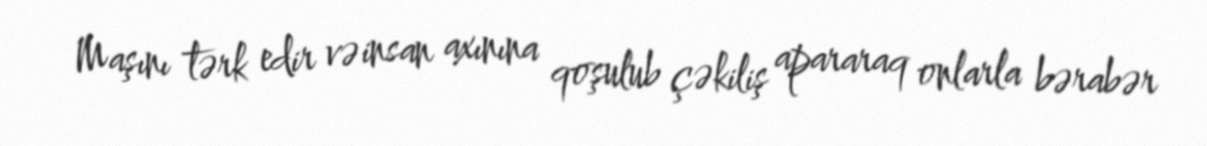
Maşını tərk edir və insan axınına qoşulub çəkiliş apararaq onlarla bərabər